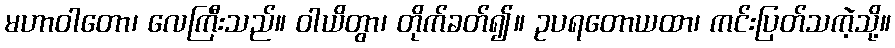
မဟာဝါတော၊ လေကြီးသည်။ ဝါယိတွာ၊ တိုက်ခတ်၍။ ဥပရတောယထာ၊ ကင်းပြတ်သကဲ့သို့။